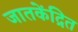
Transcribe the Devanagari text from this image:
जातकेंद्रित